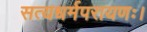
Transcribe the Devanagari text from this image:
सत्यधर्मपरायणः।